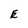
Character: E